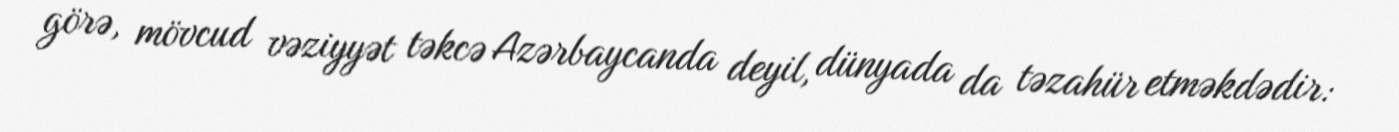
görə, mövcud vəziyyət təkcə Azərbaycanda deyil, dünyada da təzahür etməkdədir: